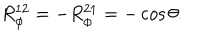
LaTeX: R _ { \phi } ^ { 1 2 } = - R _ { \phi } ^ { 2 1 } = - \cos \theta .